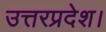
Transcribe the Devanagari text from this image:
उत्तरप्रदेश।